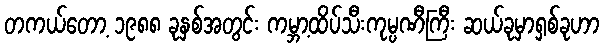
တကယ်တော့ ၁၉၈၈ ခုနှစ်အတွင်း ကမ္ဘာ့ထိပ်သီးကုမ္ပဏီကြီး ဆယ်ခုမှာရှစ်ခုဟာ